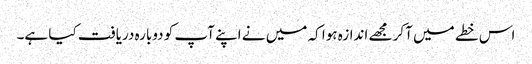
اس خطے میں آکر مجھے اندازہ ہوا کہ میں نے اپنے آپ کو دوبارہ دریافت کیا ہے۔